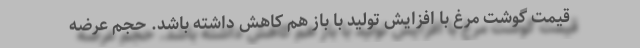
قیمت گوشت مرغ با افزایش تولید با باز هم کاهش داشته باشد. حجم عرضه